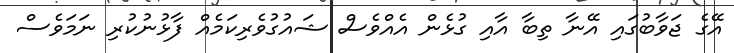
އޭގެ ޖަވާބުގައި އޭނާ ތިބާ އާއި ގުޅެން އެއްވެސް ޝައުގުވެރިކަމެއް ފާޅުނުކުރި ނަމަވެސް